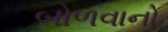
બોળવાનો